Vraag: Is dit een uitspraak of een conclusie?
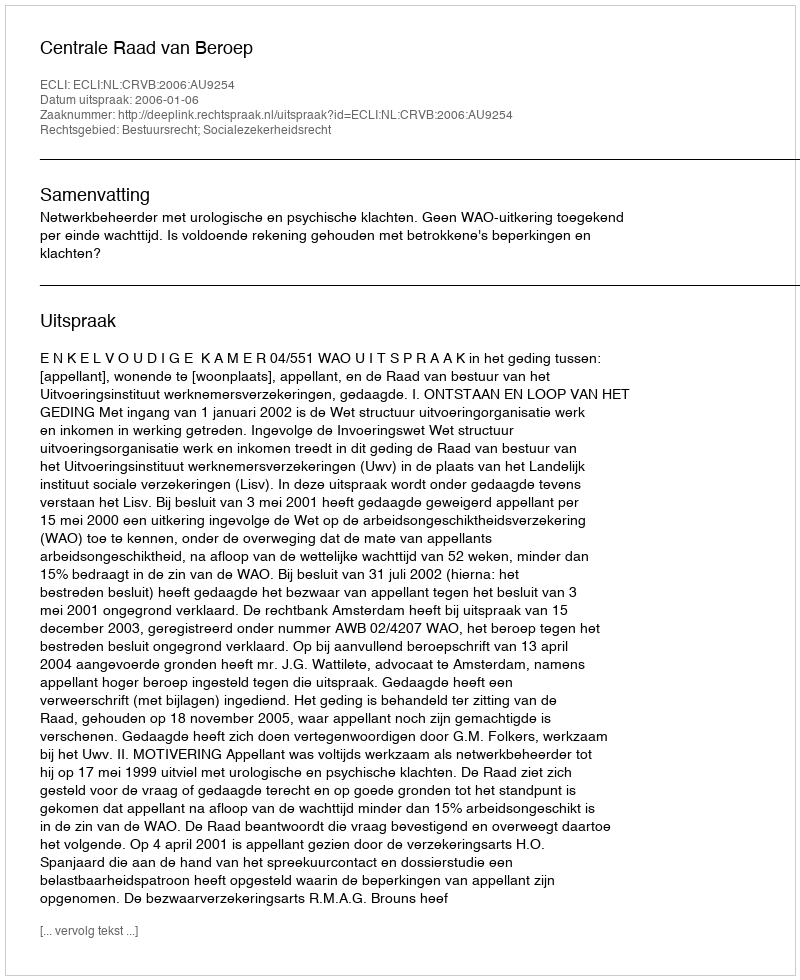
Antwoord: Uitspraak